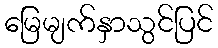
မြေမျက်နှာသွင်ပြင်